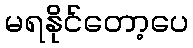
မရနိုင်တော့ပေ